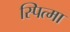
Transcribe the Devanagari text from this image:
स्पित्मा